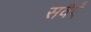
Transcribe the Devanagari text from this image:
सवैएँ